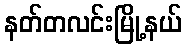
နတ်တလင်းမြို့နယ်